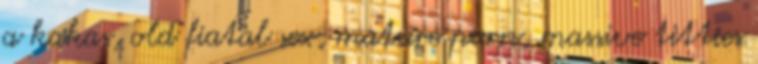
a kakas, old fiatal sex, mature porn, massive titties